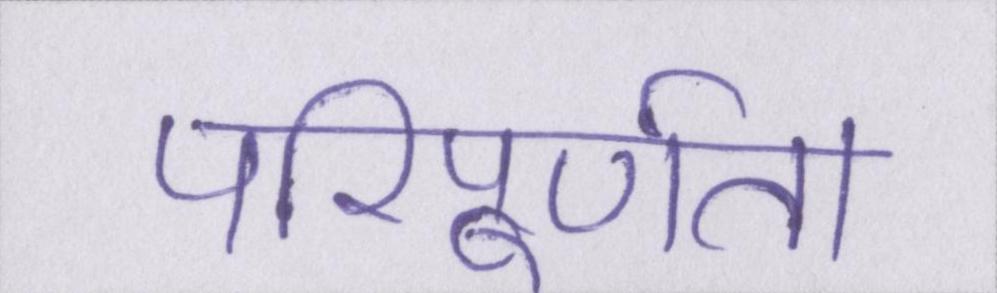
परिपूर्णता